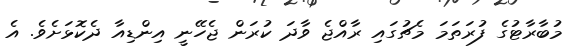
މުބާރާޓުގެ ފުރަތަމަ މެޗުގައި ރާއްޖެ ވާދަ ކުރަން ޖެހޭނީ އިންޑިއާ ދެކޮޅަށެވެ. އެ